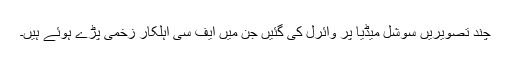
چند تصویریں سوشل میڈیا پر وائرل کی گئیں جن میں ایف سی اہلکار زخمی پڑے ہوئے ہیں۔